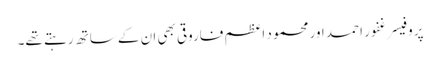
پروفیسر غفور احمد اور محمود اعظم فاروقی بھی ان کے ساتھ رہتے تھے۔